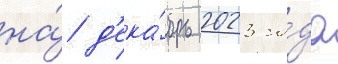
на́ д'ека́брь 2023 го́да